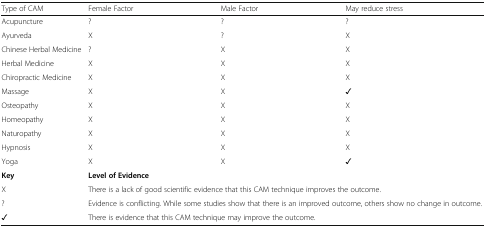
<table><thead><tr><td><b>Type of CAM</b></td><td><b>Female Factor</b></td><td><b>Male Factor</b></td><td><b>May reduce stress</b></td></tr></thead><tbody><tr><td>Acupuncture</td><td>?</td><td>?</td><td>?</td></tr><tr><td>Ayurveda</td><td>X</td><td>?</td><td>X</td></tr><tr><td>Chinese Herbal Medicine</td><td>?</td><td>X</td><td>X</td></tr><tr><td>Herbal Medicine</td><td>X</td><td>X</td><td>X</td></tr><tr><td>Chiropractic Medicine</td><td>X</td><td>X</td><td>X</td></tr><tr><td>Massage</td><td>X</td><td>X</td><td>✓</td></tr><tr><td>Osteopathy</td><td>X</td><td>X</td><td>X</td></tr><tr><td>Homeopathy</td><td>X</td><td>X</td><td>X</td></tr><tr><td>Naturopathy</td><td>X</td><td>X</td><td>X</td></tr><tr><td>Hypnosis</td><td>X</td><td>X</td><td>X</td></tr><tr><td>Yoga</td><td>X</td><td>X</td><td>✓</td></tr><tr><td><b>Key</b></td><td colspan="3"><b>Level of Evidence</b></td></tr><tr><td>X</td><td colspan="3">There is a lack of good scientific evidence that this CAM technique improves the outcome.</td></tr><tr><td>?</td><td colspan="3">Evidence is conflicting. While some studies show that there is an improved outcome, others show no change in outcome.</td></tr><tr><td>✓</td><td colspan="3">There is evidence that this CAM technique may improve the outcome.</td></tr></tbody></table>